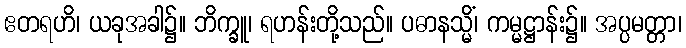
ဧတရဟိ၊ ယခုအခါ၌။ ဘိက္ခူ၊ ရဟန်းတို့သည်။ ပဓာနသ္မိံ၊ ကမ္မဋ္ဌာန်း၌။ အပ္ပမတ္တာ၊